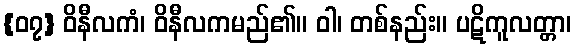
{၀၇} ဝိနီလကံ၊ ဝိနီလကမည်၏။ ဝါ၊ တစ်နည်း။ ပဋိကူလတ္တာ၊